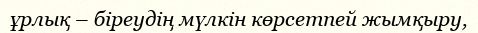
ұрлық – біреудің мүлкін көрсетпей жымқыру,